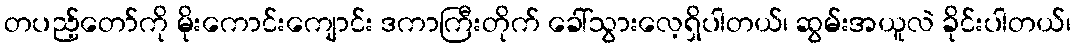
တပည့်တော်ကို မိုးကောင်းကျောင်း ဒကာကြီးတိုက် ခေါ်သွားလေ့ရှိပါတယ်၊ ဆွမ်းအယူလဲ ခိုင်းပါတယ်၊